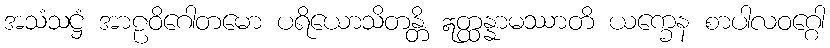
အသံသဋ္ဌံ အာဠဝိဂေါတမော ပရိယောသိတန္တိ ဣတ္ထန္နာမဿာတိ ယက္ခေန စာပါလဝဂ္ဂေါ